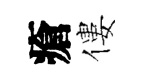
瘡僂